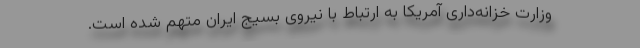
وزارت خزانه‌داری آمریکا به ارتباط با نیروی بسیج ایران متهم شده است.